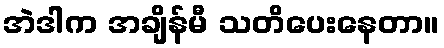
အဲဒါက အချိန်မီ သတိပေးနေတာ။